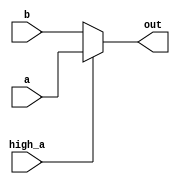
module mux(input [4:0] a, b, input high_a, output [4:0] out);\n    assign out = high_a ? a : b;\nendmodule